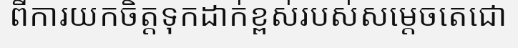
ពីការយកចិត្តទុកដាក់ខ្ពស់របស់សម្តេចតេជោ